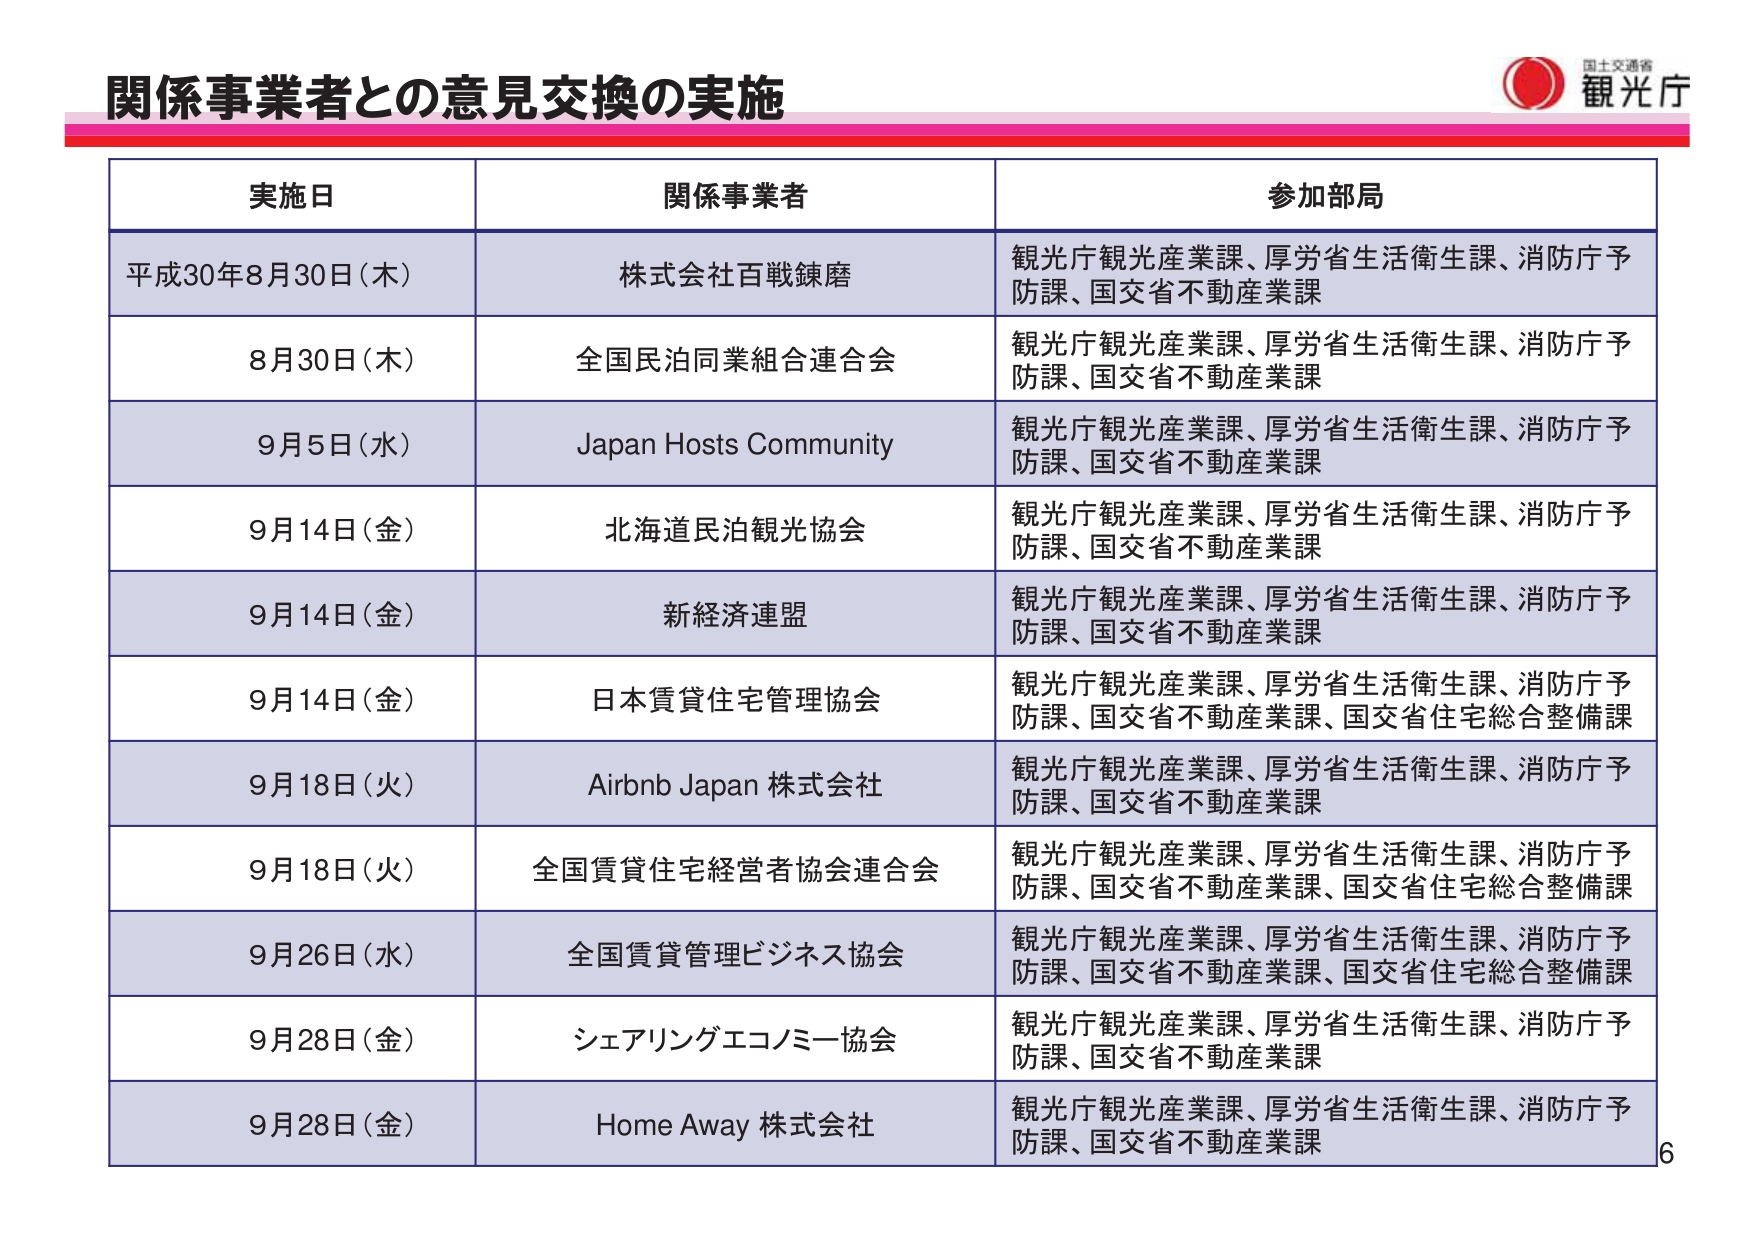
関係事業者との意見交換の実施

実施日 関係事業者 参加部局

平成30年8月30日（木） 株式会社百戦錬磨 観光庁観光産業課、厚労省生活衛生課、消防庁予防課、国交省不動産業課

8月30日（木） 全国民泊同業組合連合会 観光庁観光産業課、厚労省生活衛生課、消防庁予防課、国交省不動産業課

9月5日（水） Japan Hosts Community 観光庁観光産業課、厚労省生活衛生課、消防庁予防課、国交省不動産業課

9月14日（金） 北海道民泊観光協会 観光庁観光産業課、厚労省生活衛生課、消防庁予防課、国交省不動産業課

9月14日（金） 新経済連盟 観光庁観光産業課、厚労省生活衛生課、消防庁予防課、国交省不動産業課

9月14日（金） 日本賃貸住宅管理協会 観光庁観光産業課、厚労省生活衛生課、消防庁予防課、国交省不動産業課、国交省住宅総合整備課

9月18日（火） Airbnb Japan 株式会社 観光庁観光産業課、厚労省生活衛生課、消防庁予防課、国交省不動産業課

9月18日（火） 全国賃貸住宅経営者協会連合会 観光庁観光産業課、厚労省生活衛生課、消防庁予防課、国交省不動産業課、国交省住宅総合整備課

9月26日（水） 全国賃貸管理ビジネス協会 観光庁観光産業課、厚労省生活衛生課、消防庁予防課、国交省不動産業課、国交省住宅総合整備課

9月28日（金） シェアリングエコノミー協会 観光庁観光産業課、厚労省生活衛生課、消防庁予防課、国交省不動産業課

9月28日（金） Home Away 株式会社 観光庁観光産業課、厚労省生活衛生課、消防庁予防課、国交省不動産業課

6

国土交通省
観光庁